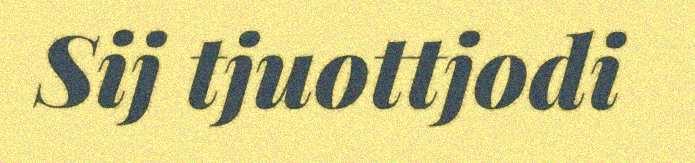
Sij tjuottjodi